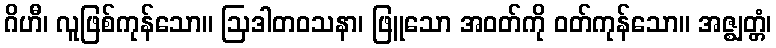
ဂိဟီ၊ လူဖြစ်ကုန်သော။ ဩဒါတဝသနာ၊ ဖြူသော အဝတ်ကို ဝတ်ကုန်သော။ အဇ္ဈတ္တံ၊